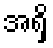
အရှိ